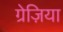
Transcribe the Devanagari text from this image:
ग्रेज़िया